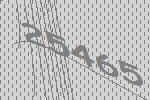
25465